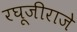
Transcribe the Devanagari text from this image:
रघूजीराजे